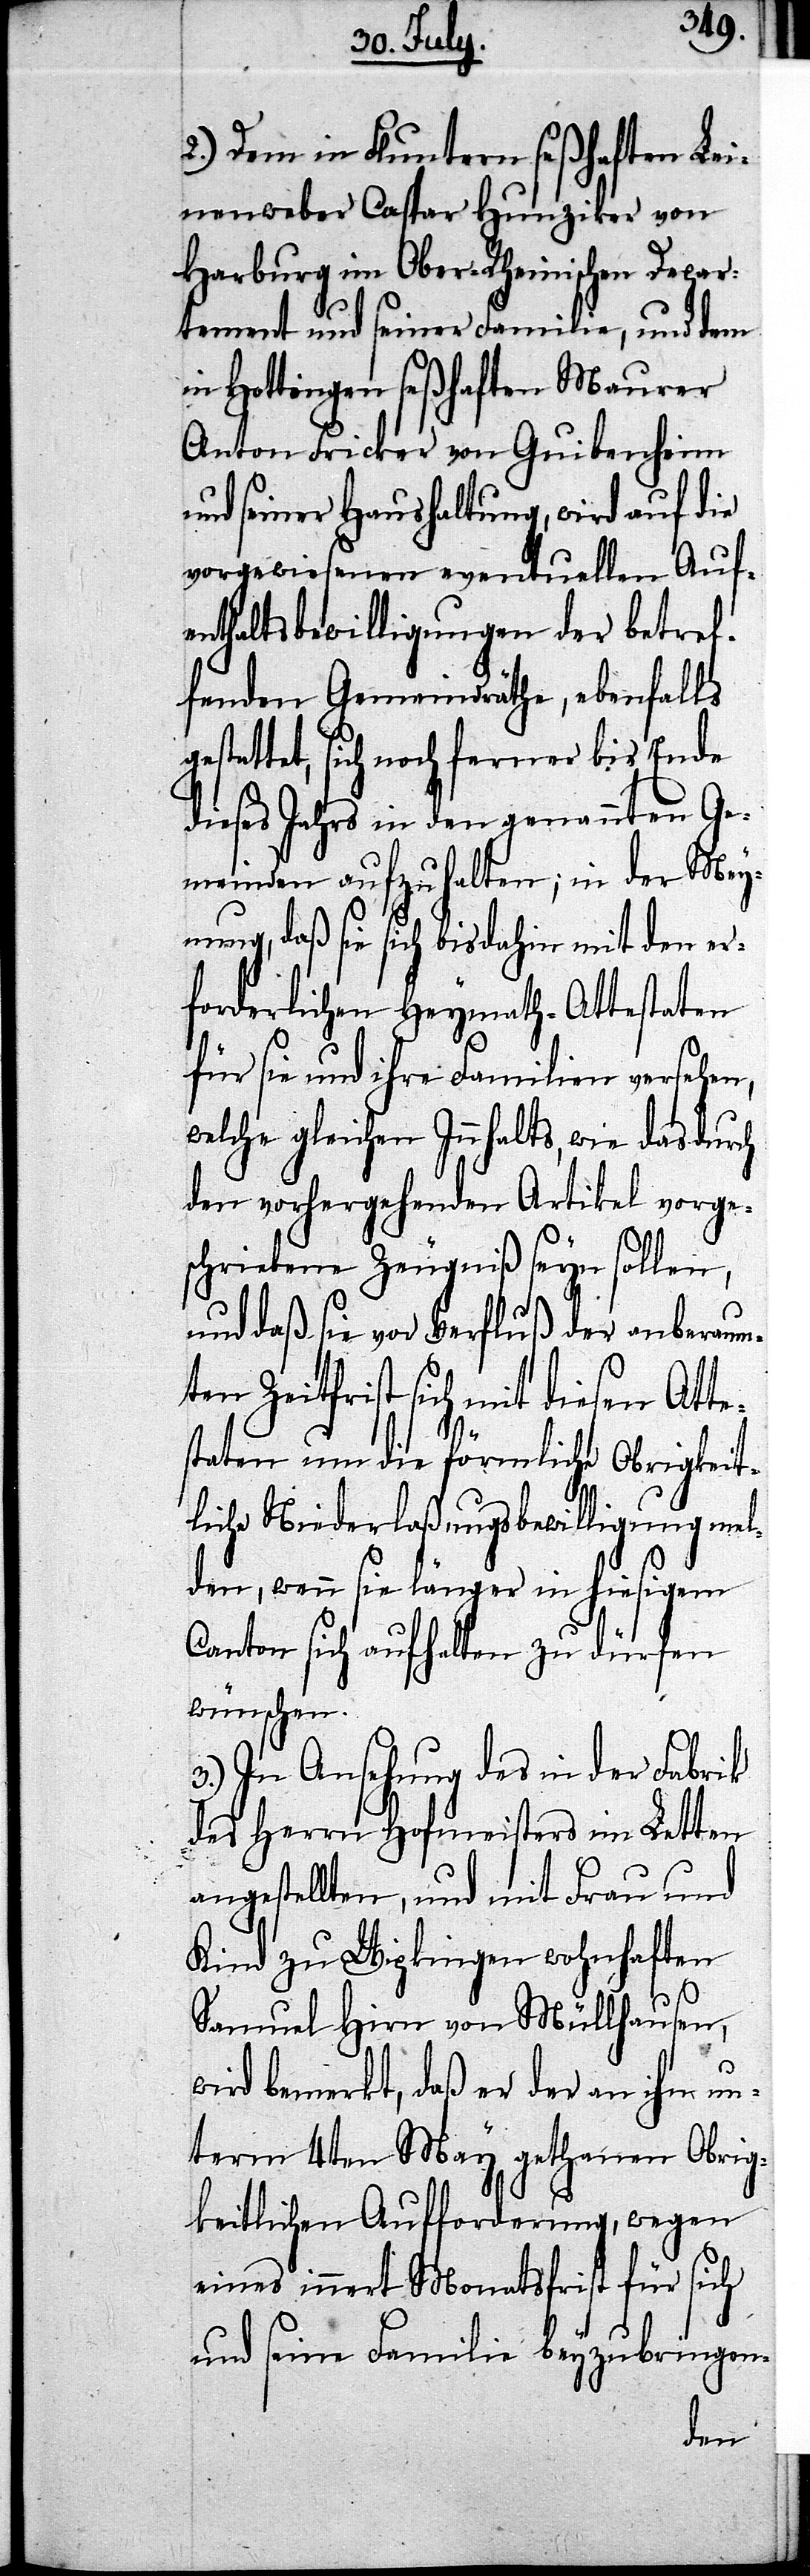
2.) Dem in Fluntern seßhaften Lei¬
nenweber Caspar Hunziker von
Harburg im Ober-Rheinischen Depar¬
tement und seiner Familie, und dem
in Hottingen seßhaften Maurer
Anton Fricker von Guibenheim
und seiner Haushaltung, wird auf die
vorgewiesenen eventuellen Auf¬
enthaltsbewilligungen der betref¬
fenden Gemeindräthe, ebenfalls
estattet, sich noch ferner bis Ende
dieses Jahrs in den genannten Ge¬
meinden aufzuhalten; in der Mey¬
nung, daß sie sich bisdahin mit den er¬
forderlichen Heymath-Attestaten
für sie und ihre Familien versehen,
welche gleichen Innhalts, wie das durch
den vorhergehenden Artikel vorge¬
schriebene Zeugniß seyn sollen,
und daß sie vor Verfluß der anberaum¬
ten Zeitfrist sich mit diesen Atte¬
staten um die förmliche Obrigkeit¬
liche Niederlaßungsbewilligung mel¬
den, wenn sie länger in hiesigem
Canton sich aufhalten zu dürfen
wünschen.
3.) In Ansehung des in der Fabrik
des Herrn Hofmeisters im Letten
angestellten, und mit Frau und
Kind zu Wipkingen wohnhaften
g¬
Samuel Hirn von Müllhausen,
wird bemerkt, daß er der an ihn un¬
term 4ten May gethanen Obrig¬
keitlichen Aufforderung, wegen
eines innert Monatsfrist für sich
und seine Familie beyzubringen-